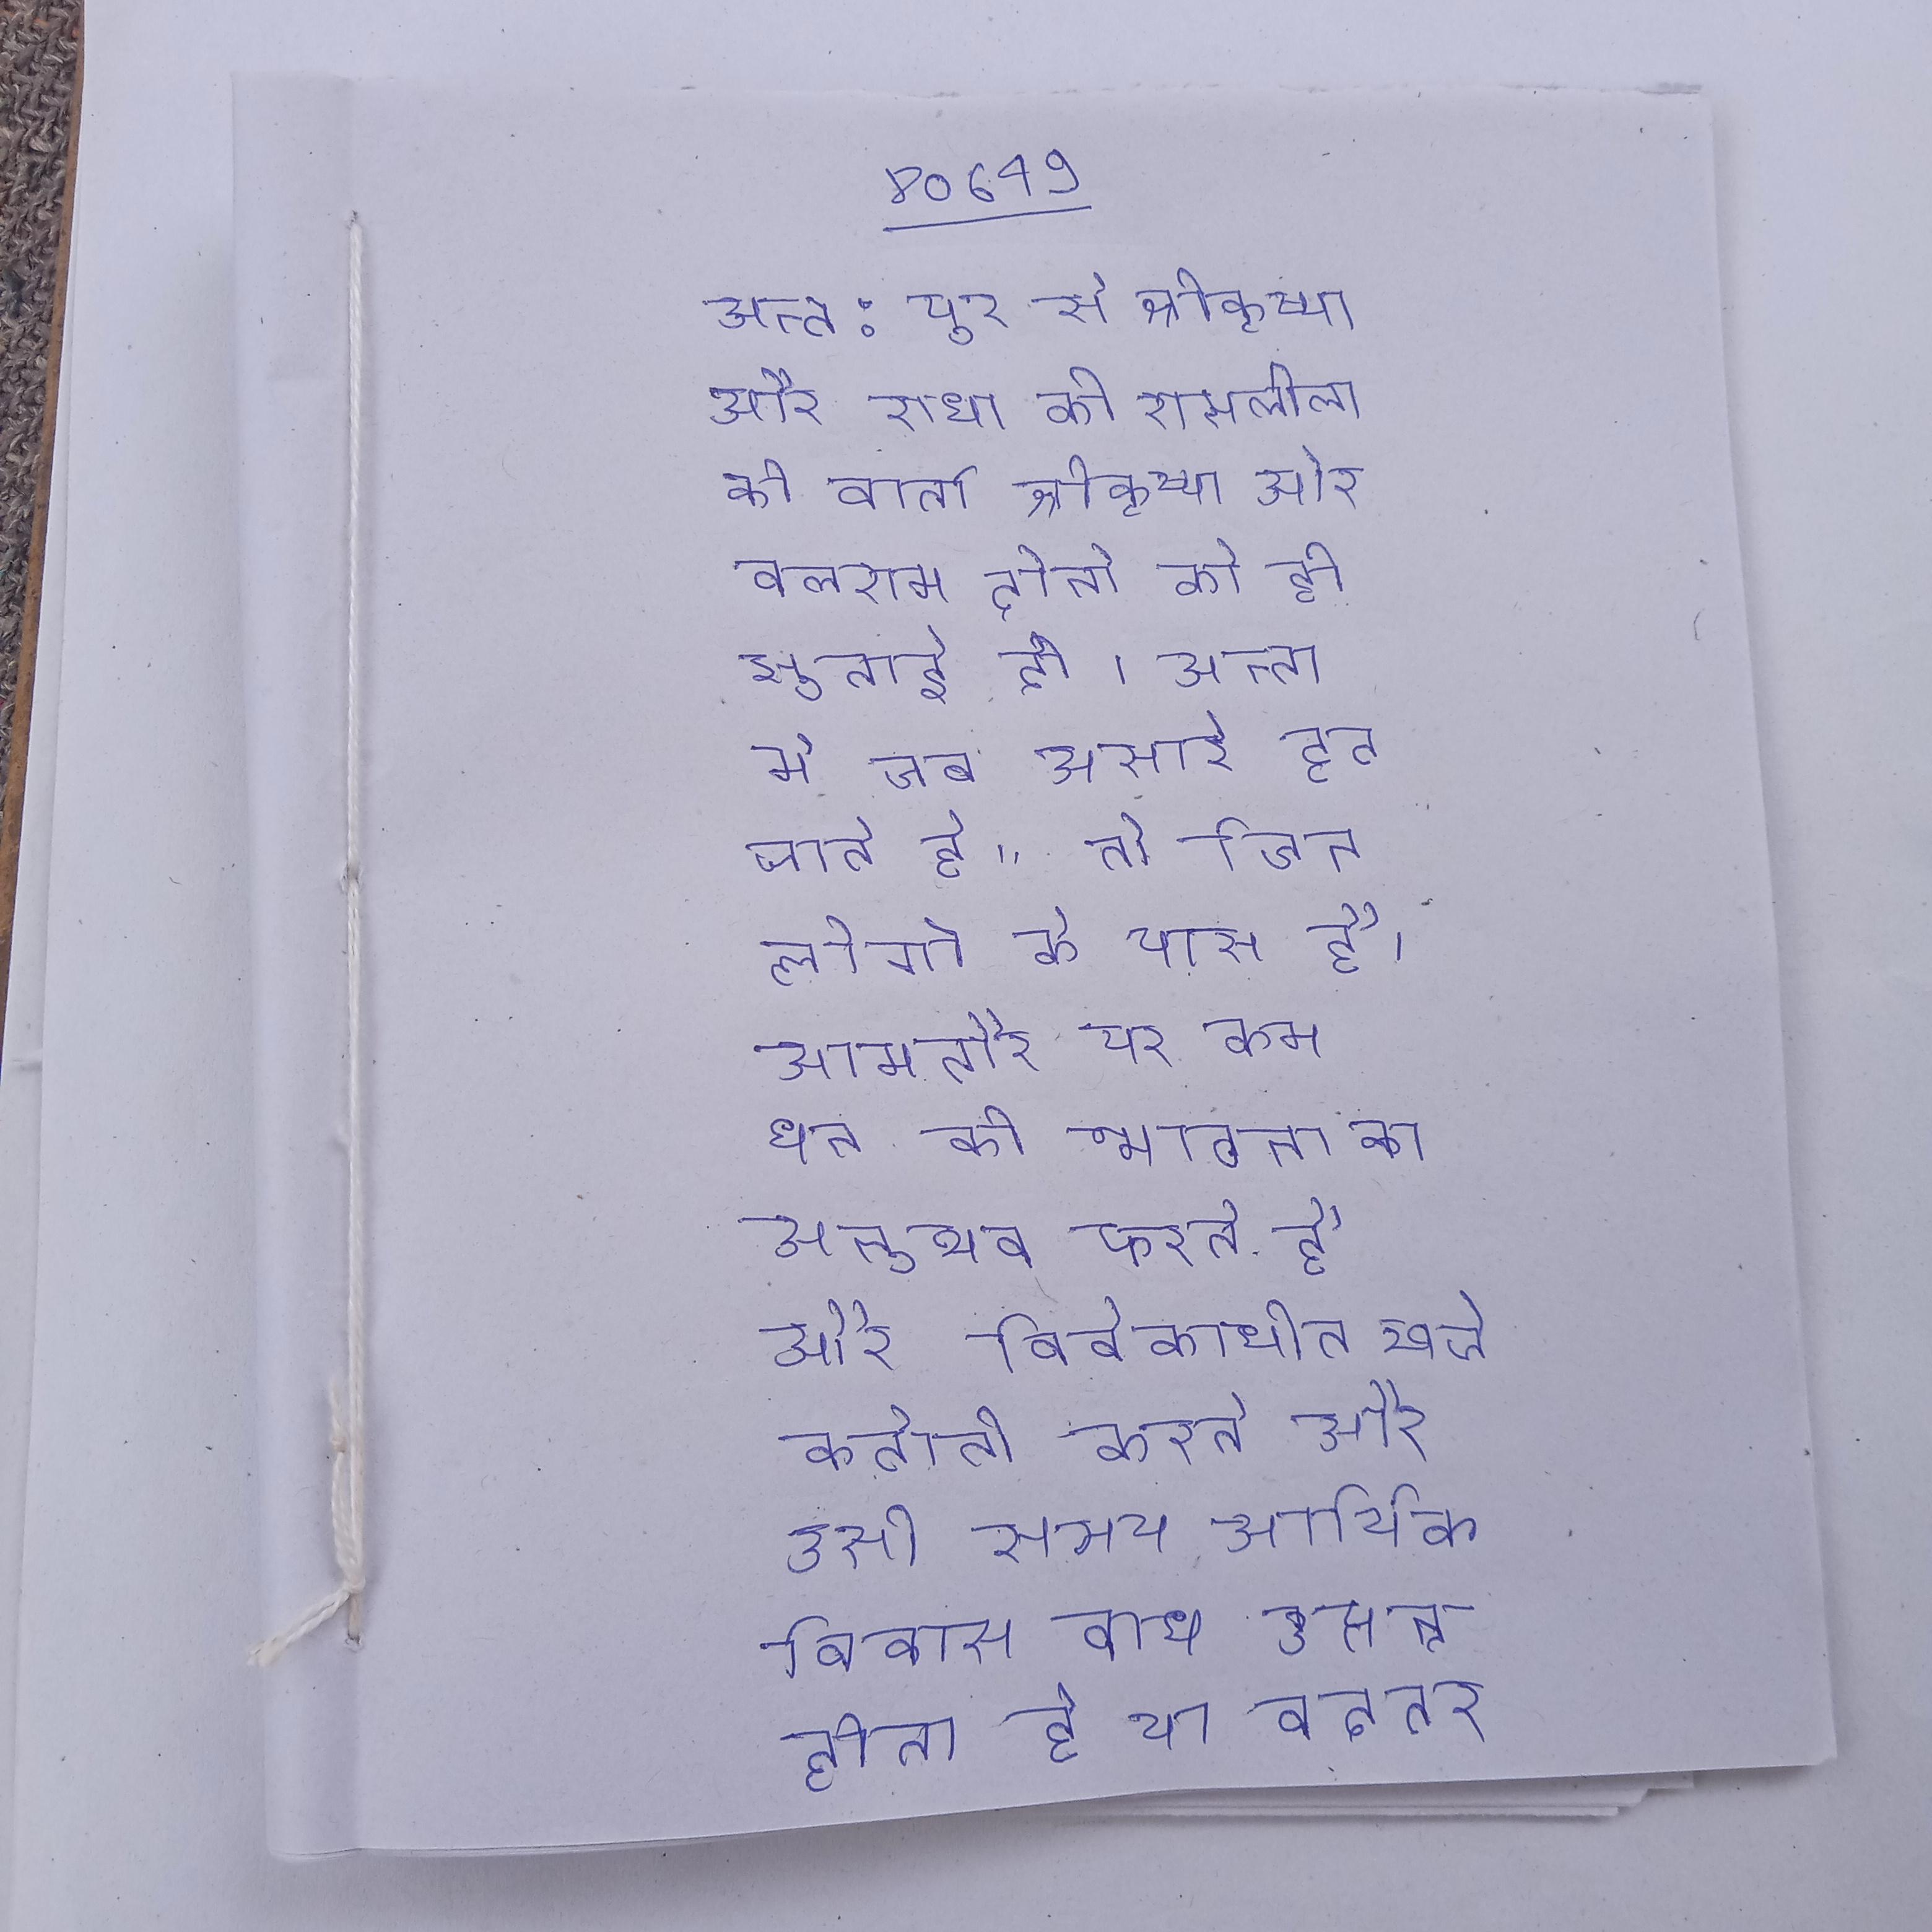
अन्त:पुर से श्रीकृष्ण और राधा की रासलीला की वार्ता श्रीकृष्ण और बलराम दोनो को ही सुनाई दी । अन्त मे जब असारे टूट जाते है, तो जिन लोगो के पास है, आमतौर पर कम धन की भावना का अनुभव करते है और विवेकाधीन खर्च कटौती करते और उसी समय आर्थिक विकास बाधा उत्पन्न होता है या बदतर, आर्थिक को तीक्ष्ण करते है ।